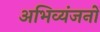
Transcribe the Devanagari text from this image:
अभिव्यंजनों